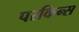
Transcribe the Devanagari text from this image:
परकिन्स